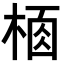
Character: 𣔸